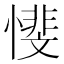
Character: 𱟋